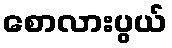
စောလားပွယ်